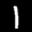
Label: 1